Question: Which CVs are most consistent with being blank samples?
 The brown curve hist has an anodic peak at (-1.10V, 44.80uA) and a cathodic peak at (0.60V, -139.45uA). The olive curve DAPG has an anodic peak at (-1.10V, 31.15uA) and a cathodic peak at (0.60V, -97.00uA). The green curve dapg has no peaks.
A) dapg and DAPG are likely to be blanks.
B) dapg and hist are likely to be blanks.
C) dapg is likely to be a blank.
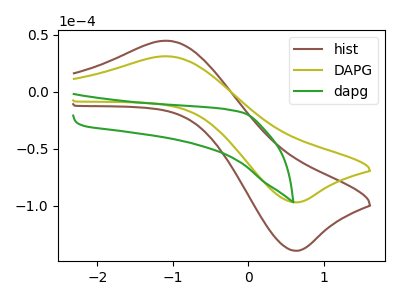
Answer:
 <answer>C) "dapg" is likely to be a blank.</answer>
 <eval>C</eval>